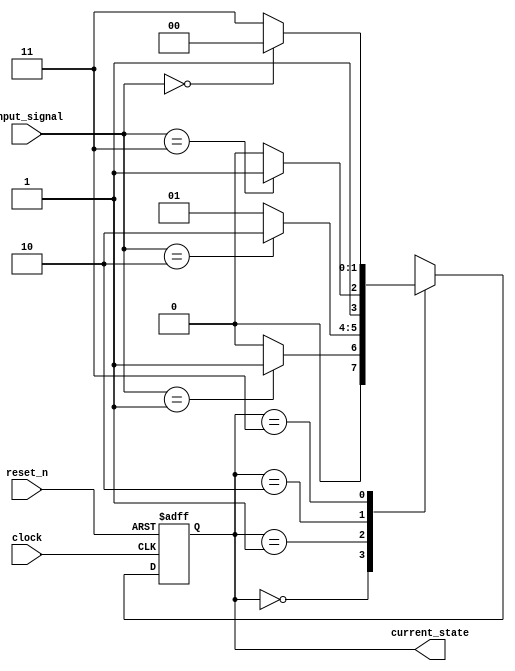
module synchronous_design (
    input wire clock,
    input wire reset_n,  // Active low reset
    input wire [1:0] input_signal,
    output reg [1:0] current_state
);

    // State Encoding
    localparam STATE_0 = 2'b00;
    localparam STATE_1 = 2'b01;
    localparam STATE_2 = 2'b10;
    localparam STATE_3 = 2'b11;

    // Sequential Logic Block
    always @(posedge clock or negedge reset_n) begin
        if (!reset_n) begin
            // Asynchronous reset to initial state
            current_state <= STATE_0;
        end else begin
            // State Transition Logic
            case (current_state)
                STATE_0: begin
                    if (input_signal == 2'b01) begin
                        current_state <= STATE_1;
                    end else begin
                        current_state <= STATE_0; // Stay in state 0
                    end
                end
                
                STATE_1: begin
                    if (input_signal == 2'b10) begin
                        current_state <= STATE_2;
                    end else begin
                        current_state <= STATE_1; // Stay in state 1
                    end
                end
                
                STATE_2: begin
                    if (input_signal == 2'b11) begin
                        current_state <= STATE_3;
                    end else begin
                        current_state <= STATE_2; // Stay in state 2
                    end
                end
                
                STATE_3: begin
                    if (input_signal == 2'b00) begin
                        current_state <= STATE_0;
                    end else begin
                        current_state <= STATE_3; // Stay in state 3
                    end
                end
                
                default: current_state <= STATE_0; // Safe default
            endcase
        end
    end

endmodule